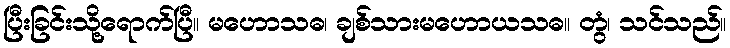
ပြီးခြင်းသို့ရောက်ပြီ။ မဟောသဓ၊ ချစ်သားမဟောယသဓ။ တွံ၊ သင်သည်။